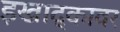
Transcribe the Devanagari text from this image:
इखाद्कावर